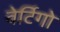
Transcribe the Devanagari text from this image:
वेर्टिगो